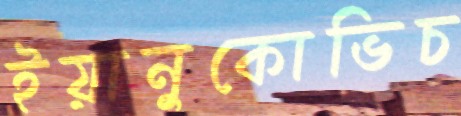
ইয়ানুকোভিচ